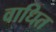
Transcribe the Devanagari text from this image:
वाधित